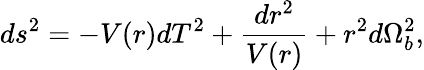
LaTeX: ds^{2}=-V(r)dT^{2}+\frac{dr^{2}}{V(r)}+r^{2}d\Omega_{b}^{2},